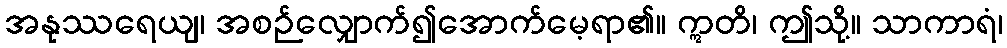
အနုဿရေယျ၊ အစဉ်လျှောက်၍အောက်မေ့ရာ၏။ ဣတိ၊ ဤသို့။ သာကာရံ၊